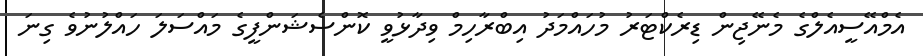
އެމްއޭސީއެލްގެ މެނޭޖިން ޑިރެކްޓަރު މުހައްމަދު އިބްރާހިމް ވިދާޅުވީ ކޮންސެޝަންފީގެ މައްސަލަ ހައްލުނުވެ ގިނަ